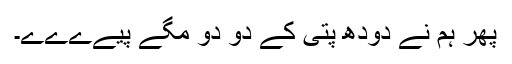
پھر ہم نے دودھ پتّی کے دو دو مگّے پیےےےے۔